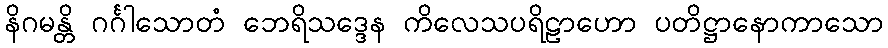
နိဂမန္တိ ဂင်္ဂါသောတံ ဘေရိသဒ္ဒေန ကိလေသပရိဠာဟော ပတိဋ္ဌာနောကာသော